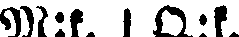
M:k. l Q:k.